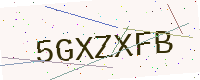
Text: 5GXZXFB